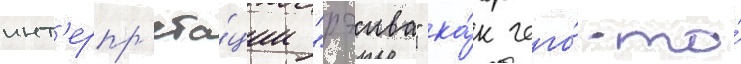
инт'ерпр'ета́ции "рэива" ка́к чего́-то́